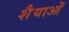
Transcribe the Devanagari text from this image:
शैैयाओं